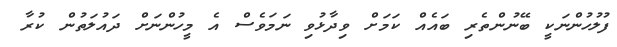
ފުލުހުންނަކީ ބޭނުންތެރި ބައެއް ކަމަށް ވިދާޅުވި ނަމަވެސް އެ މީހުންނަށް ދައުލަތުން ކުރާ